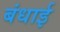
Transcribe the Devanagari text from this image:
बंधाई